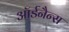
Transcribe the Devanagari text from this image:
ऑर्डनैन्स